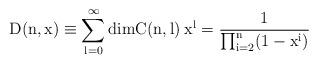
LaTeX: \begin{align*}\rm{D}(n,x) \equiv\sum_{l=0}^{\infty} \rm{dim}C(n,l)\> x^l =\frac{1}{\prod_{i=2}^{n}(1-x^i)}\end{align*}